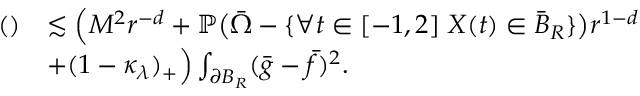
\begin{array} { r l } { \mathrm { ( ) } } & { \lesssim \Big ( M ^ { 2 } r ^ { - d } + \mathbb { P } \big ( \bar { \Omega } - \{ \forall t \in [ - 1 , 2 ] \; X ( t ) \in \bar { B } _ { R } \} \big ) r ^ { 1 - d } } \\ & { + ( 1 - \kappa _ { \lambda } ) _ { + } \Big ) \int _ { \partial B _ { R } } ( \bar { g } - \bar { f } ) ^ { 2 } . } \end{array}